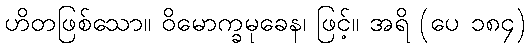
ဟိတဖြစ်သော။ ဝိမောက္ခမုခေန၊ ဖြင့်။ အရိ (ပေ ၁၈၄)